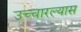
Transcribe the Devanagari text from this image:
उच्चारल्यास